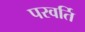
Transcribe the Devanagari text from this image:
परवर्ति